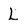
Character: L